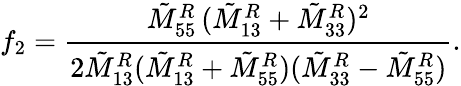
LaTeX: f_{2}=\frac{\tilde{M}_{55}^{R}\, (\tilde{M}_{13}^{R}+\tilde{M}_{33}^{R})^{2}}{2\tilde{M}_{13}^{R}(\tilde{M}_{13}^{R}+\tilde{M}_{55}^{R})(\tilde{M}_{33}^{R}-\tilde{M}_{55}^{R})}.